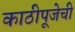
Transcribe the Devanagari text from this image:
काठीपूजेची